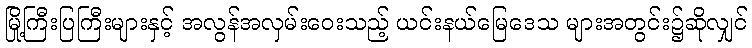
မြို့ကြီးပြကြီးများနှင့် အလွန်အလှမ်းဝေးသည့် ယင်းနယ်မြေဒေသ များအတွင်း၌ဆိုလျှင်